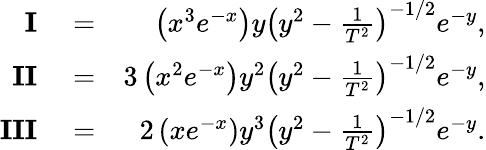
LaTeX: \begin{array}{rlr}{\mathbf{I}}&{{}=}&{\left(x^{3}e^{-x}\right)y\left(y^{2}-\frac{1}{T^{2}}\right)^{-1/2}e^{-y},}\\ {\mathbf{II}}&{{}=}&{3\left(x^{2}e^{-x}\right)y^{2}\left(y^{2}-\frac{1}{T^{2}}\right)^{-1/2}e^{-y},}\\ {\mathbf{III}}&{{}=}&{2\left(xe^{-x}\right)y^{3}\left(y^{2}-\frac{1}{T^{2}}\right)^{-1/2}e^{-y}.}\end{array}